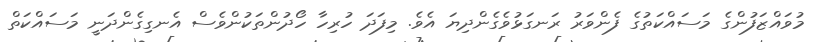
މުވައްޒަފުންގެ މަސައްކަތުގެ ފެންވަރު ރަނގަޅުވެގެންދިޔަ އެވެ. މިފަދަ ހުރިހާ ހޯދުންތަކުންވެސް އެނގިގެންދަނީ މަސައްކަތް